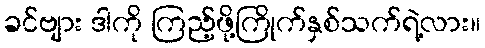
ခင်ဗျား ဒါကို ကြည့်ဖို့ကြိုက်နှစ်သက်ရဲ့လား။